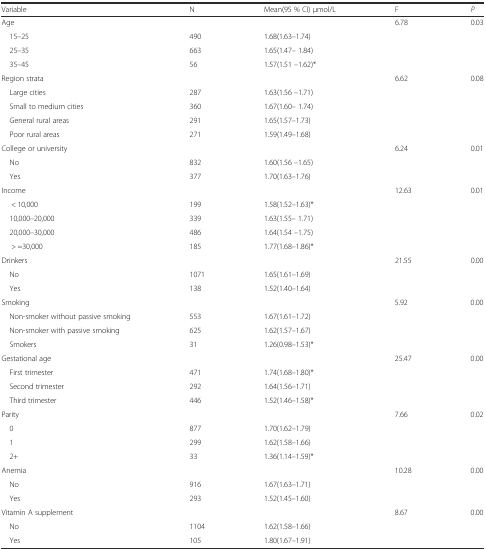
<table><thead><tr><td><b>Variable</b></td><td><b>N</b></td><td><b>Mean(95 % CI) μmol/L</b></td><td><b>F</b></td><td><b><i>P</i></b></td></tr></thead><tbody><tr><td>Age</td><td>[EMPTY_CELL]</td><td>[EMPTY_CELL]</td><td>6.78</td><td>0.03</td></tr><tr><td> 15–25</td><td>490</td><td>1.68(1.63–1.74)</td><td>[EMPTY_CELL]</td><td>[EMPTY_CELL]</td></tr><tr><td> 25–35</td><td>663</td><td>1.65(1.47– 1.84)</td><td>[EMPTY_CELL]</td><td>[EMPTY_CELL]</td></tr><tr><td> 35–45</td><td>56</td><td>1.57(1.51 –1.62)*</td><td>[EMPTY_CELL]</td><td>[EMPTY_CELL]</td></tr><tr><td>Region strata</td><td>[EMPTY_CELL]</td><td>[EMPTY_CELL]</td><td>6.62</td><td>0.08</td></tr><tr><td> Large cities</td><td>287</td><td>1.63(1.56 –1.71)</td><td>[EMPTY_CELL]</td><td>[EMPTY_CELL]</td></tr><tr><td> Small to medium cities</td><td>360</td><td>1.67(1.60– 1.74)</td><td>[EMPTY_CELL]</td><td>[EMPTY_CELL]</td></tr><tr><td> General rural areas</td><td>291</td><td>1.65(1.57–1.73)</td><td>[EMPTY_CELL]</td><td>[EMPTY_CELL]</td></tr><tr><td> Poor rural areas</td><td>271</td><td>1.59(1.49–1.68)</td><td>[EMPTY_CELL]</td><td>[EMPTY_CELL]</td></tr><tr><td>College or university</td><td>[EMPTY_CELL]</td><td>[EMPTY_CELL]</td><td>6.24</td><td>0.01</td></tr><tr><td> No</td><td>832</td><td>1.60(1.56 –1.65)</td><td>[EMPTY_CELL]</td><td>[EMPTY_CELL]</td></tr><tr><td> Yes</td><td>377</td><td>1.70(1.63–1.76)</td><td>[EMPTY_CELL]</td><td>[EMPTY_CELL]</td></tr><tr><td>Income</td><td>[EMPTY_CELL]</td><td>[EMPTY_CELL]</td><td>12.63</td><td>0.01</td></tr><tr><td>&lt; 10,000</td><td>199</td><td>1.58(1.52–1.63)*</td><td>[EMPTY_CELL]</td><td>[EMPTY_CELL]</td></tr><tr><td> 10,000–20,000</td><td>339</td><td>1.63(1.55– 1.71)</td><td>[EMPTY_CELL]</td><td>[EMPTY_CELL]</td></tr><tr><td> 20,000–30,000</td><td>486</td><td>1.64(1.54 –1.75)</td><td>[EMPTY_CELL]</td><td>[EMPTY_CELL]</td></tr><tr><td>&gt; =30,000</td><td>185</td><td>1.77(1.68–1.86)*</td><td>[EMPTY_CELL]</td><td>[EMPTY_CELL]</td></tr><tr><td>Drinkers</td><td>[EMPTY_CELL]</td><td>[EMPTY_CELL]</td><td>21.55</td><td>0.00</td></tr><tr><td> No</td><td>1071</td><td>1.65(1.61–1.69)</td><td>[EMPTY_CELL]</td><td>[EMPTY_CELL]</td></tr><tr><td> Yes</td><td>138</td><td>1.52(1.40–1.64)</td><td>[EMPTY_CELL]</td><td>[EMPTY_CELL]</td></tr><tr><td>Smoking</td><td>[EMPTY_CELL]</td><td>[EMPTY_CELL]</td><td>5.92</td><td>0.00</td></tr><tr><td> Non-smoker without passive smoking</td><td>553</td><td>1.67(1.61–1.72)</td><td>[EMPTY_CELL]</td><td>[EMPTY_CELL]</td></tr><tr><td> Non-smoker with passive smoking</td><td>625</td><td>1.62(1.57–1.67)</td><td>[EMPTY_CELL]</td><td>[EMPTY_CELL]</td></tr><tr><td> Smokers</td><td>31</td><td>1.26(0.98–1.53)*</td><td>[EMPTY_CELL]</td><td>[EMPTY_CELL]</td></tr><tr><td>Gestational age</td><td>[EMPTY_CELL]</td><td>[EMPTY_CELL]</td><td>25.47</td><td>0.00</td></tr><tr><td> First trimester</td><td>471</td><td>1.74(1.68–1.80)*</td><td>[EMPTY_CELL]</td><td>[EMPTY_CELL]</td></tr><tr><td> Second trimester</td><td>292</td><td>1.64(1.56–1.71)</td><td>[EMPTY_CELL]</td><td>[EMPTY_CELL]</td></tr><tr><td> Third trimester</td><td>446</td><td>1.52(1.46–1.58)*</td><td>[EMPTY_CELL]</td><td>[EMPTY_CELL]</td></tr><tr><td>Parity</td><td>[EMPTY_CELL]</td><td>[EMPTY_CELL]</td><td>7.66</td><td>0.02</td></tr><tr><td> 0</td><td>877</td><td>1.70(1.62–1.79)</td><td>[EMPTY_CELL]</td><td>[EMPTY_CELL]</td></tr><tr><td> 1</td><td>299</td><td>1.62(1.58–1.66)</td><td>[EMPTY_CELL]</td><td>[EMPTY_CELL]</td></tr><tr><td> 2+</td><td>33</td><td>1.36(1.14–1.59)*</td><td>[EMPTY_CELL]</td><td>[EMPTY_CELL]</td></tr><tr><td>Anemia</td><td>[EMPTY_CELL]</td><td>[EMPTY_CELL]</td><td>10.28</td><td>0.00</td></tr><tr><td> No</td><td>916</td><td>1.67(1.63–1.71)</td><td>[EMPTY_CELL]</td><td>[EMPTY_CELL]</td></tr><tr><td> Yes</td><td>293</td><td>1.52(1.45–1.60)</td><td>[EMPTY_CELL]</td><td>[EMPTY_CELL]</td></tr><tr><td>Vitamin A supplement</td><td>[EMPTY_CELL]</td><td>[EMPTY_CELL]</td><td>8.67</td><td>0.00</td></tr><tr><td> No</td><td>1104</td><td>1.62(1.58–1.66)</td><td>[EMPTY_CELL]</td><td>[EMPTY_CELL]</td></tr><tr><td> Yes</td><td>105</td><td>1.80(1.67–1.91)</td><td>[EMPTY_CELL]</td><td>[EMPTY_CELL]</td></tr></tbody></table>